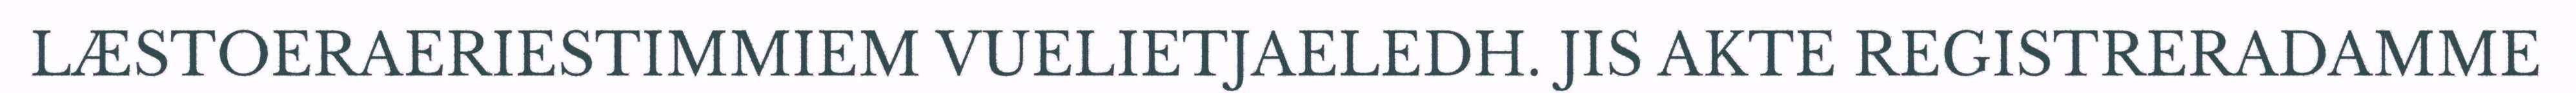
LÆSTOERAERIESTIMMIEM VUELIETJAELEDH. JIS AKTE REGISTRERADAMME